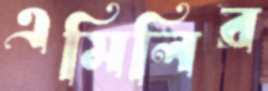
এমিলির